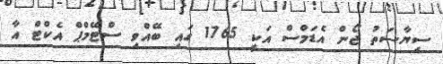
ސިޔާސަތު ޖޯން އެޑަމްސް އަކީ 1765 ގައި ބޭއްވި ސްޓޭމްޕް އެކްޓް އާ